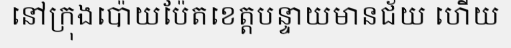
នៅក្រុងប៉ោយប៉ែតខេត្តបន្ទាយមានជ័យ ហើយ